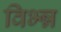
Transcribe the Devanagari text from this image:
विभ्न्न